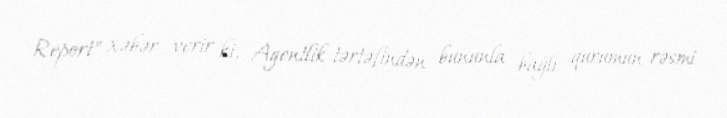
Report" xəbər verir ki, Agentlik tərtəfindən bununla bağlı qurumun rəsmi